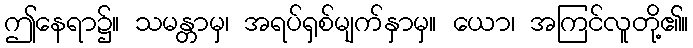
ဤနေရာ၌။ သမန္တာမှ၊ အရပ်ရှစ်မျက်နှာမှ။ ယော၊ အကြင်လူတို့၏။